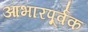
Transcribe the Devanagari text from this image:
आभारपूर्वक